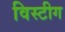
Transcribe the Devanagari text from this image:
विस्टीग